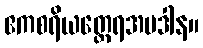
ဧကစရိယတ္ထေရအပဒါန။